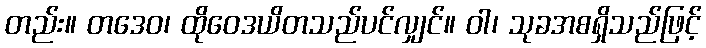
တည်း။ တဒေဝ၊ ထိုဝေဒယိတသည်ပင်လျှင်။ ဝါ၊ သုခအစရှိသည်ဖြင့်